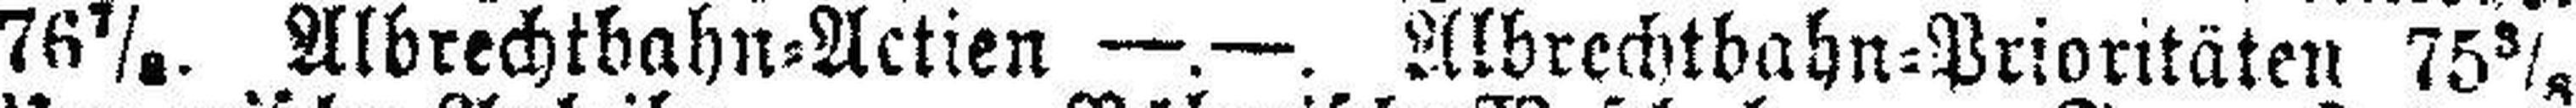
76 7/8. Albrechtbahn=Actien —.—. Albrechtbahn=Prioritäten 75 3/8.